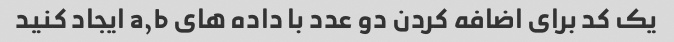
یک کد برای اضافه کردن دو عدد با داده های a,b ایجاد کنید